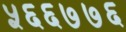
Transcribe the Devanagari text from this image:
५६६७७६